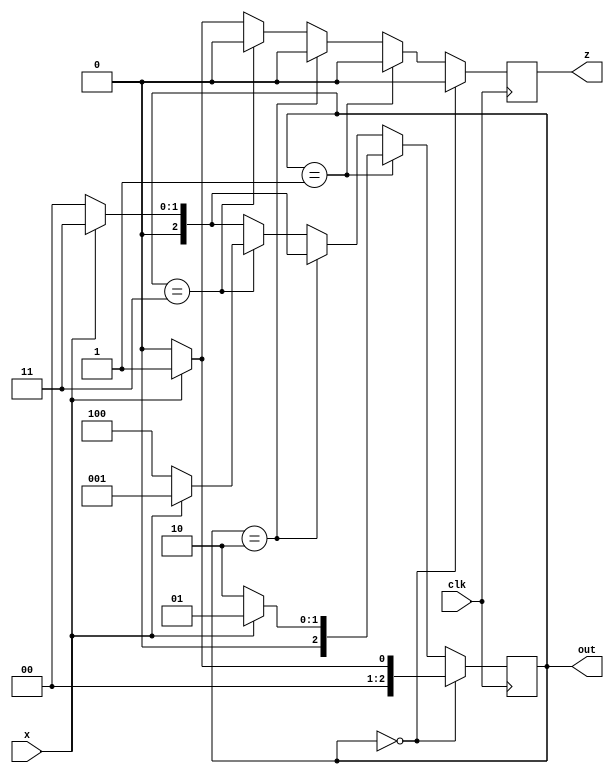
`timescale 1ns / 1ps

module mealy_ozozo(clk,x,z,out);
input clk,x;
output z;
output [2:0] out;
reg [2:0] out;
reg z;

initial out=3'b000;

always@(posedge clk) begin
    if(out==3'b000) begin
        if(x==0) begin
            out<=3'b000;
            z<=1'b0;
        end
        else begin
            out<=3'b001;
            z<=1'b0;
        end
    end
    else if(out==3'b001) begin
        if(x==0) begin
            out<=3'b010;
            z<=1'b0;
        end
        else begin
            out<=3'b001;
            z<=1'b0;
        end
    end
    else if(out==3'b010) begin
        if(x==0) begin
            out<=3'b000;
            z<=1'b0;
        end
        else begin
            out<=3'b011;
            z<=1'b0;
        end
    end
    else if(out==3'b011) begin
        if(x==0) begin
            out<=3'b100;
            z<=1'b0;
        end
        else begin
            out<=3'b001;
            z<=1'b0;
        end
    end
    else begin
        if(x==0) begin
            out<=3'b000;
            z<=1'b0;
        end
        else begin
            out<=3'b011;
            z<=1'b1;
        end
    end
end
endmodule